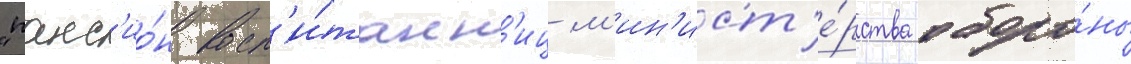
"панс'ио́н восп'и́танн'иц м'ин'ист'е́рства оборо́ны